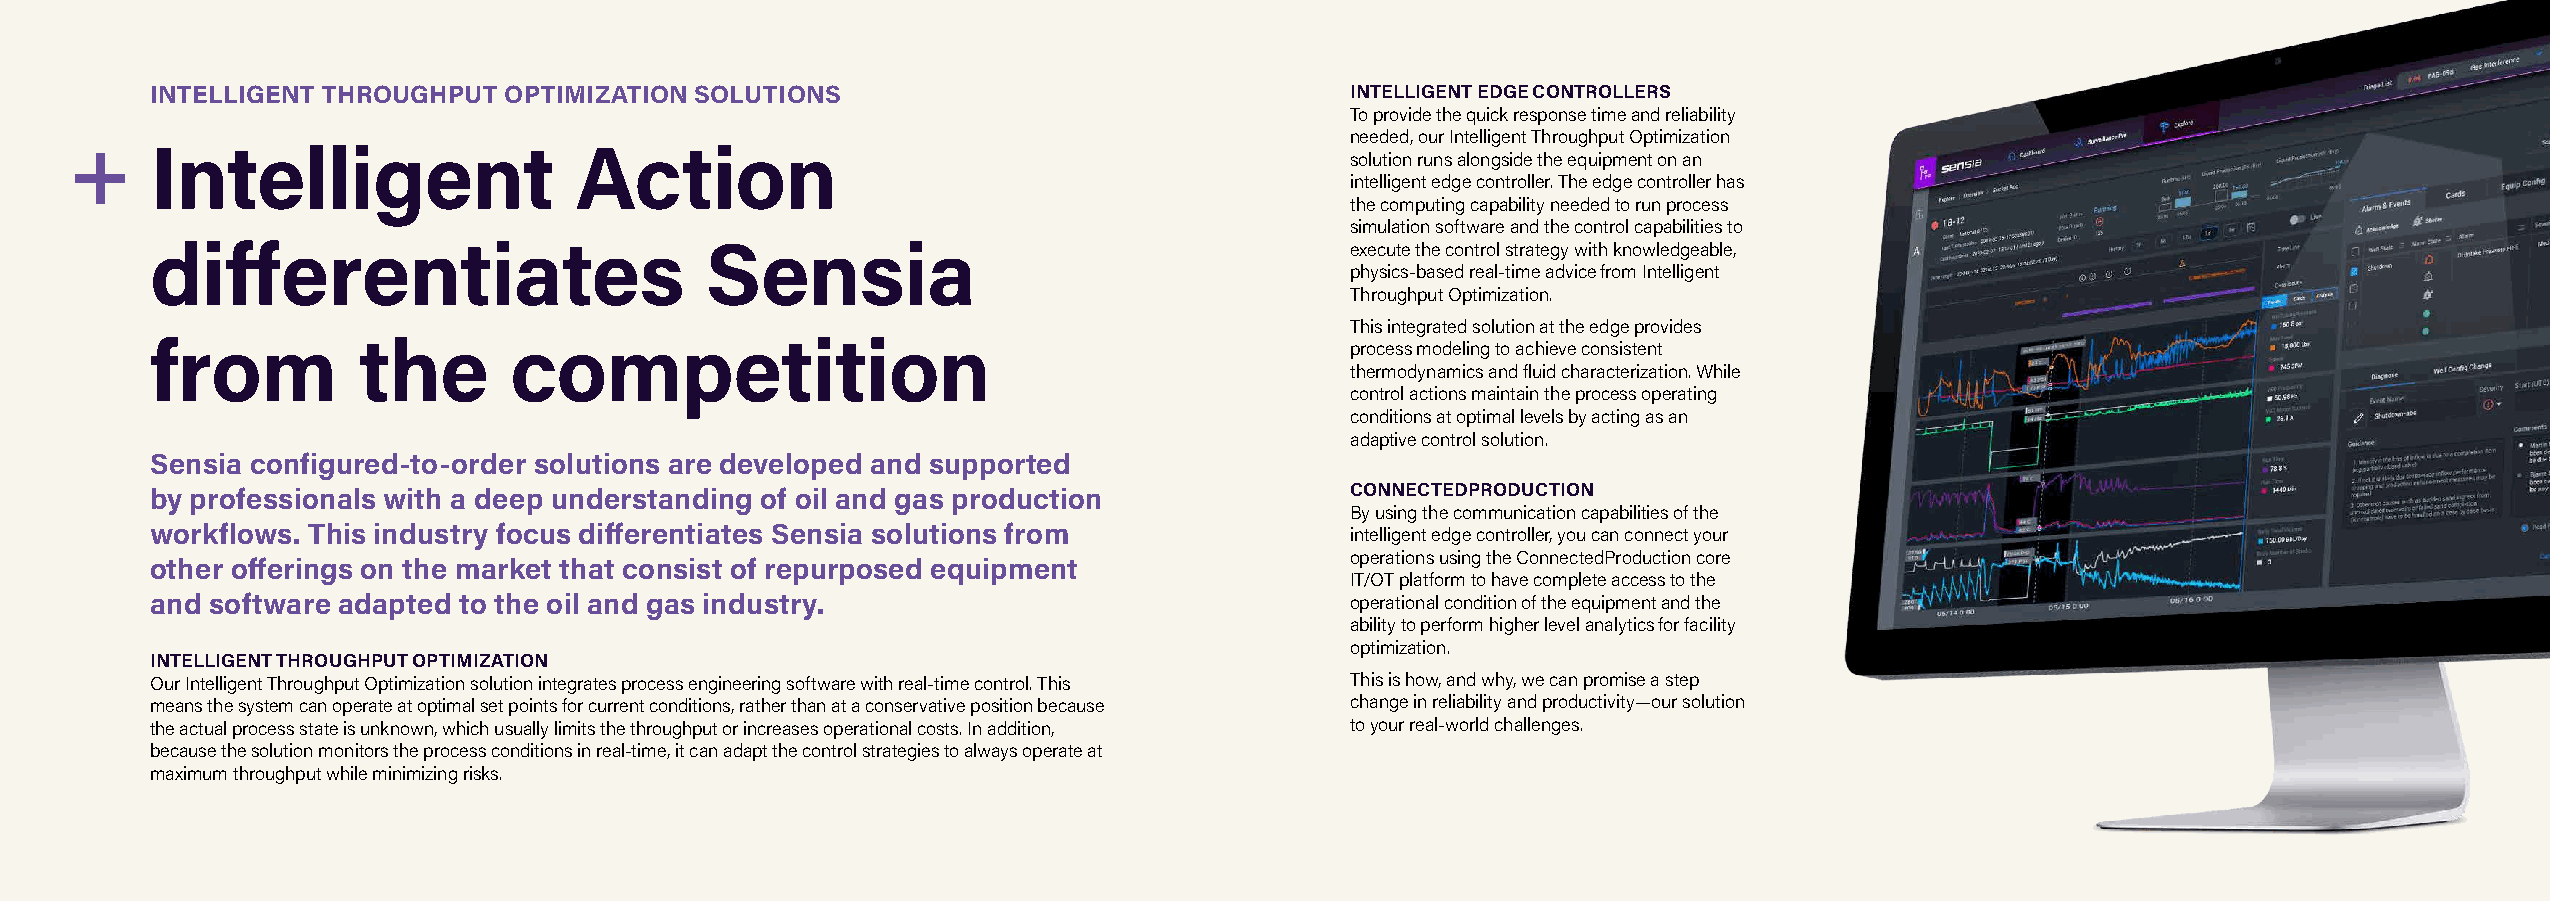
INTELLIGENT THROUGHPUT OPTIMIZATION SOLUTIONS                                  INTELLIGENT EDGE CONTROLLERS
 To provide the quick response time and reliability
 needed, our Intelligent Throughput Optimization
 Intelligent                 Action
 solution runs alongside the equipment on an
 intelligent edge controller. The edge controller has
 the computing capability needed to run process
 simulation software and the control capabilities to
 differentiates                       Sensia                                    execute the control strategy with knowledgeable,
 physics-based real-time advice from Intelligent
 Throughput Optimization.
 This integrated solution at the edge provides
 from          the       competition                                            process modeling to achieve consistent
 thermodynamics and fluid characterization. While
 control actions maintain the process operating
 conditions at optimal levels by acting as an
 adaptive control solution.
 Sensia configured-to-order solutions are developed and supported
 by professionals with a deep understanding of oil and gas production           CONNECTEDPRODUCTION
 By using the communication capabilities of the
 workflows. This industry focus differentiates Sensia solutions from            intelligent edge controller, you can connect your
 operations using the ConnectedProduction core
 other offerings on the market that consist of repurposed equipment
 IT/OT platform to have complete access to the
 and software adapted to the oil and gas industry.                              operational condition of the equipment and the
 ability to perform higher level analytics for facility
 optimization.
 INTELLIGENT THROUGHPUT OPTIMIZATION
 Our Intelligent Throughput Optimization solution integrates process engineering software with real-time control. This This is how, and why, we can promise a step
 means the system can operate at optimal set points for current conditions, rather than at a conservative position because change in reliability and productivity—our solution
 the actual process state is unknown, which usually limits the throughput or increases operational costs. In addition, to your real-world challenges.
 because the solution monitors the process conditions in real-time, it can adapt the control strategies to always operate at
 maximum throughput while minimizing risks.